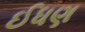
ઈધણ